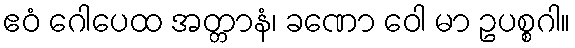
ဧဝံ ဂေါပေထ အတ္တာနံ၊ ခဏော ဝေါ မာ ဥပစ္စဂါ။